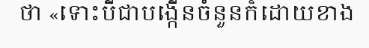
ថា «ទោះបីជាបង្កើនចំនួនក៏ដោយខាង